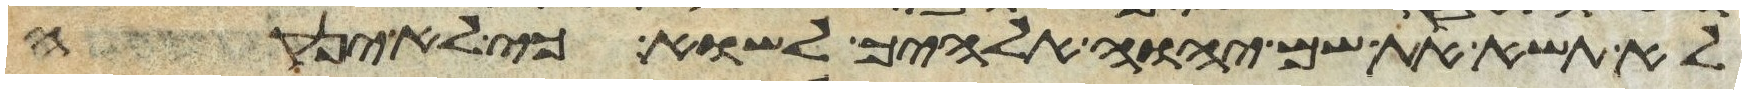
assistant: לא תשא את שם יהוה אלהיך לשוא כי לא ינקה